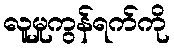
လူမှုကွန်ရက်ကို